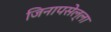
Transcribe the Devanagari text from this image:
जिनापसेल्ला